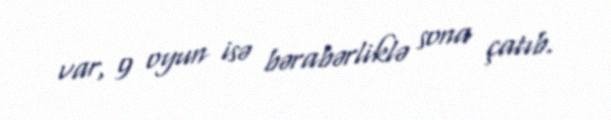
var, 9 oyun isə bərabərliklə sona çatıb.